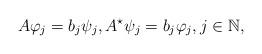
LaTeX: \begin{align*}A \varphi_j=b_j\psi_j, A^{\star}\psi_j=b_j \varphi_j, j \in \mathbb{N},\end{align*}